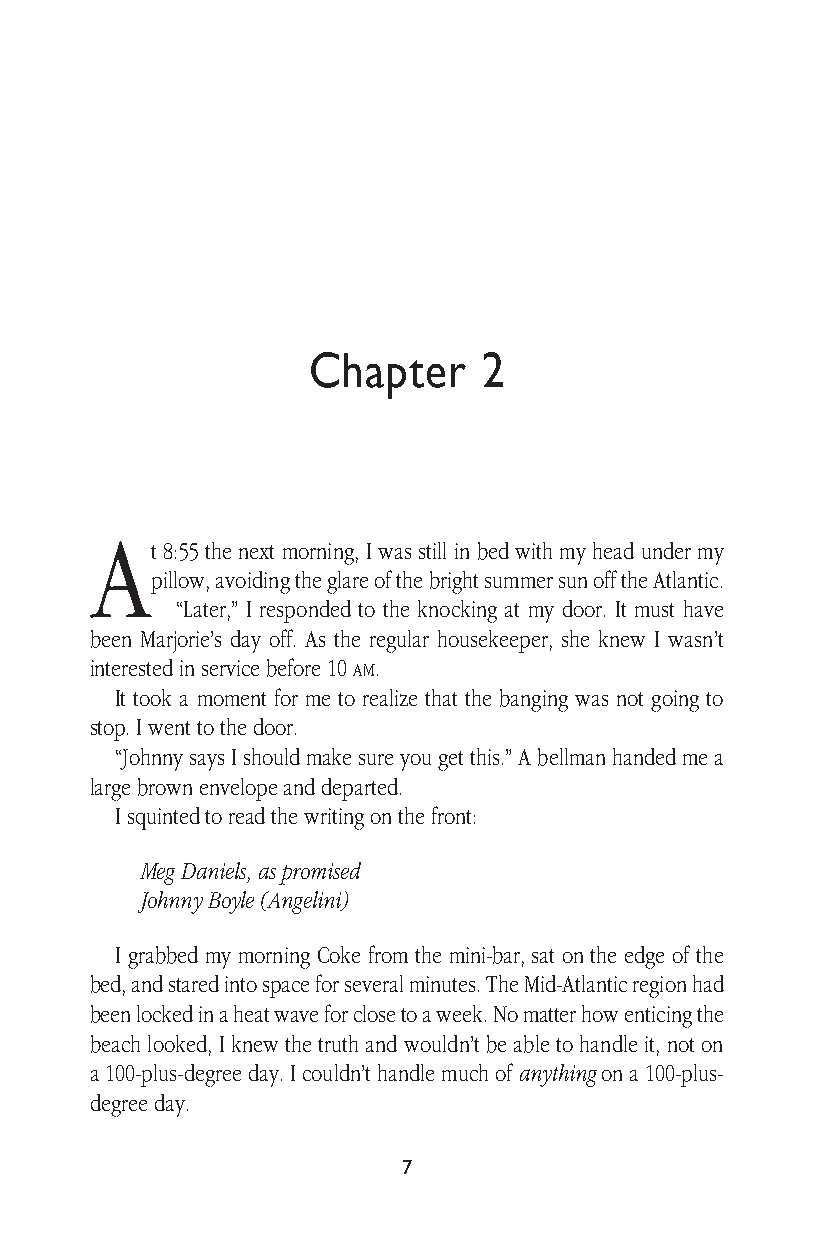
Chapter     2
 A
 t 8:55 the next morning, I was still in bed with my head under my
 pillow, avoiding the glare of the bright summer sun off the Atlantic.
 “Later,” I responded to the knocking at my door. It must have
 been Marjorie’s day off. As the regular housekeeper, she knew I wasn’t
 interested in service before 10 am.
 It took a moment for me to realize that the banging was not going to
 stop. I went to the door.
 “Johnny says I should make sure you get this.” A bellman handed me a
 large brown envelope and departed.
 I squinted to read the writing on the front:
 Meg Daniels, as promised
 Johnny Boyle (Angelini)
 I grabbed my morning Coke from the mini-bar, sat on the edge of the
 bed, and stared into space for several minutes. The Mid-Atlantic region had
 been locked in a heat wave for close to a week. No matter how enticing the
 beach looked, I knew the truth and wouldn’t be able to handle it, not on
 a 100-plus-degree day. I couldn’t handle much of anything on a 100-plus-
 degree day.
 7